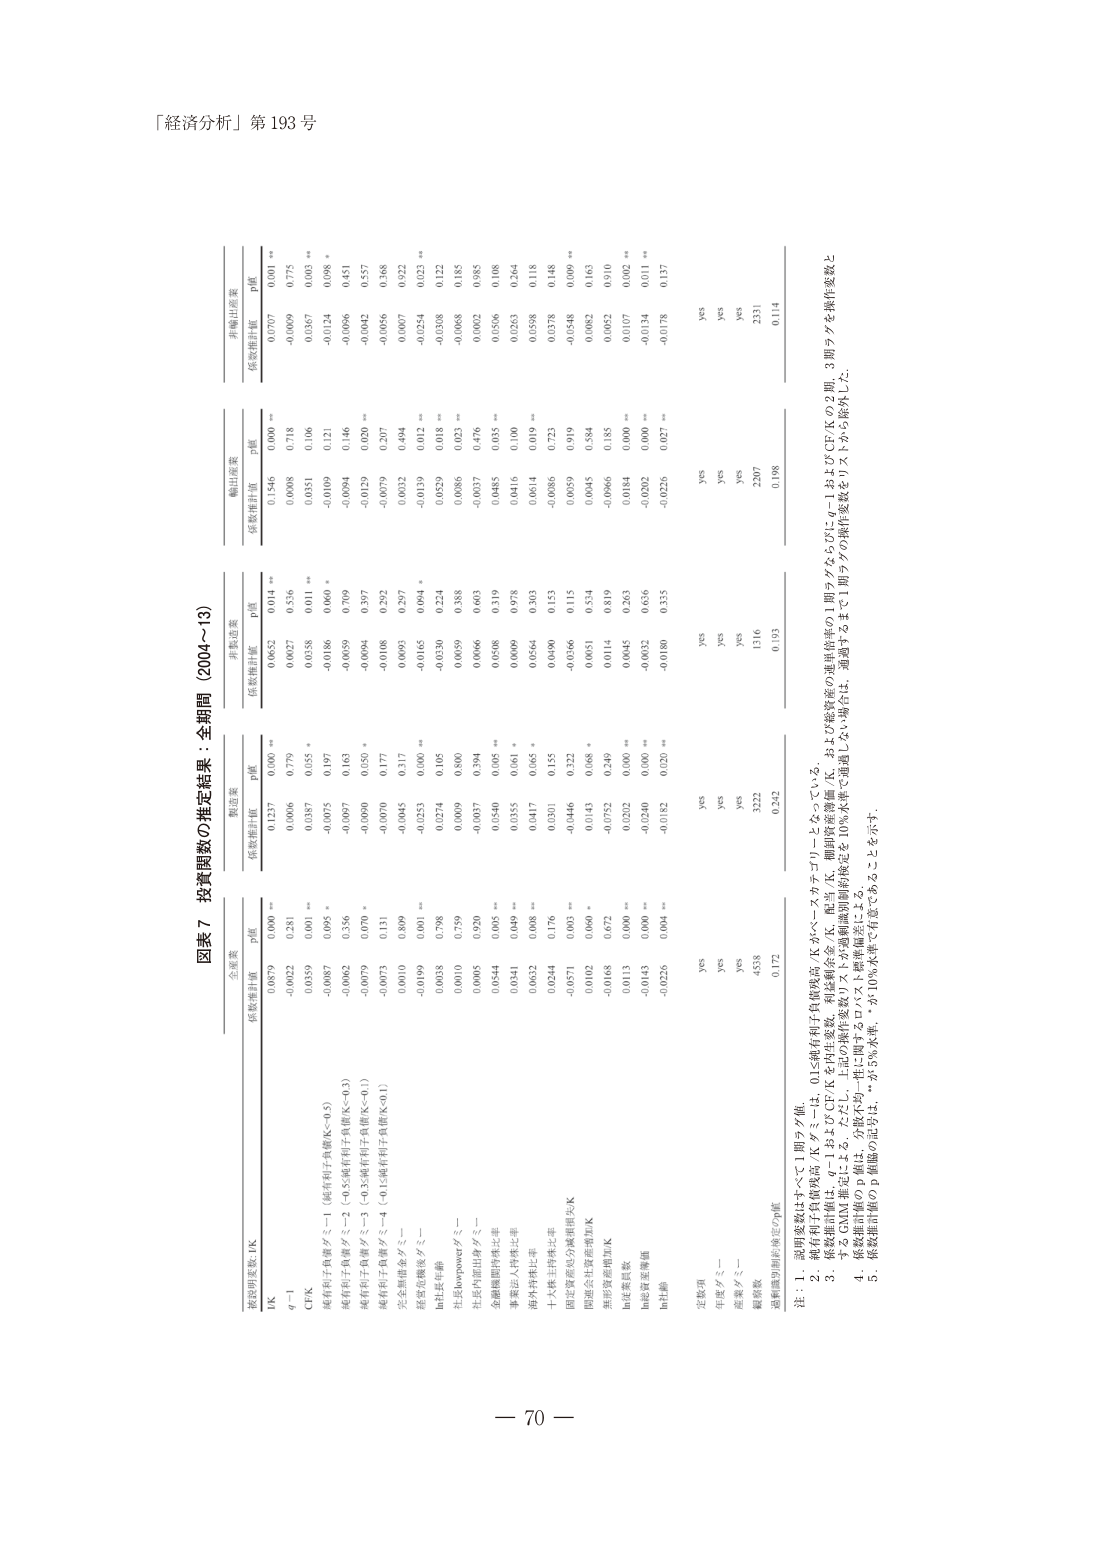
「経済分析」第 193 号

図表７ 投資関数の推定結果：全期間（2004～13）

被説明変数：lnK

全産業
係数推計値 p値

lnK
0.6879 0.000 **

q－1
-0.0022 0.281

CFTK
0.0359 0.001 **

純有形子負債ダミー＝1（純有形子負債/K＞0.5）
-0.0087 0.095 *

純有形子負債ダミー＝2（0.5≦純有形子負債/K＜0.3）
-0.0062 0.356

純有形子負債ダミー＝3（0.3≦純有形子負債/K＜0.1）
-0.0079 0.070 *

純有形子負債ダミー＝4（0.1≦純有形子負債/K＜0.1）
-0.0073 0.131

完全雇用金ダミー
-0.0010 0.809

経営難度数ダミー
-0.0199 0.001 **

ln社長年齢
0.0038 0.798

社長hypowerダミー
0.0019 0.759

社長内部出向ダミー
0.0005 0.920

金融機関持株比率
0.0544 0.000 **

事業法人持株比率
0.0341 0.049 *

海外持株比率
0.0632 0.000 **

十大株主持株比率
0.0244 0.176

固定資産税込企業規模lnK
-0.0571 0.003 **

問題会社資産増加lnK
0.0102 0.080 *

無形資産増加lnK
-0.0168 0.672

ln従業員数
0.0113 0.000 **

ln投資基準額
-0.0143 0.000 **

ln社数
-0.0226 0.004 **

定数項
yes

年度ダミー
yes

産業ダミー
yes

観察数
4538

過剰制約制約検定p値
0.172

製造業
係数推計値 p値

lnK
0.1237 0.000 **

q－1
0.0006 0.779

CFTK
0.0387 0.055 *

純有形子負債ダミー＝1（純有形子負債/K＞0.5）
-0.0075 0.197

純有形子負債ダミー＝2（0.5≦純有形子負債/K＜0.3）
-0.0097 0.163

純有形子負債ダミー＝3（0.3≦純有形子負債/K＜0.1）
-0.0090 0.050 *

純有形子負債ダミー＝4（0.1≦純有形子負債/K＜0.1）
-0.0070 0.177

完全雇用金ダミー
-0.0045 0.317

経営難度数ダミー
-0.0253 0.000 **

ln社長年齢
0.0274 0.105

社長hypowerダミー
0.0009 0.890

社長内部出向ダミー
-0.0037 0.394

金融機関持株比率
0.0540 0.005 **

事業法人持株比率
0.0355 0.061 *

海外持株比率
0.0417 0.065 *

十大株主持株比率
0.0301 0.155

固定資産税込企業規模lnK
-0.0446 0.322

問題会社資産増加lnK
0.0143 0.088 *

無形資産増加lnK
-0.0752 0.249

ln従業員数
0.0202 0.000 **

ln投資基準額
-0.0240 0.000 **

ln社数
-0.0182 0.020 **

定数項
yes

年度ダミー
yes

産業ダミー
yes

観察数
3222

過剰制約制約検定p値
0.242

非製造業
係数推計値 p値

lnK
0.0652 0.014 **

q－1
0.0027 0.536

CFTK
0.0358 0.011 **

純有形子負債ダミー＝1（純有形子負債/K＞0.5）
-0.0186 0.060 *

純有形子負債ダミー＝2（0.5≦純有形子負債/K＜0.3）
-0.0059 0.709

純有形子負債ダミー＝3（0.3≦純有形子負債/K＜0.1）
-0.0094 0.397

純有形子負債ダミー＝4（0.1≦純有形子負債/K＜0.1）
-0.0108 0.292

完全雇用金ダミー
-0.0003 0.297

経営難度数ダミー
-0.0165 0.094 *

ln社長年齢
-0.0330 0.224

社長hypowerダミー
0.0059 0.388

社長内部出向ダミー
0.0066 0.603

金融機関持株比率
0.0508 0.319

事業法人持株比率
0.0009 0.778

海外持株比率
0.0564 0.303

十大株主持株比率
0.0490 0.153

固定資産税込企業規模lnK
-0.0366 0.115

問題会社資産増加lnK
0.0651 0.534

無形資産増加lnK
0.0114 0.819

ln従業員数
0.0045 0.263

ln投資基準額
-0.0032 0.656

ln社数
-0.0180 0.335

定数項
yes

年度ダミー
yes

産業ダミー
yes

観察数
1316

過剰制約制約検定p値
0.193

輸出産業
係数推計値 p値

lnK
0.1546 0.000 **

q－1
0.0008 0.718

CFTK
0.0351 0.106

純有形子負債ダミー＝1（純有形子負債/K＞0.5）
-0.0109 0.121

純有形子負債ダミー＝2（0.5≦純有形子負債/K＜0.3）
-0.0094 0.146

純有形子負債ダミー＝3（0.3≦純有形子負債/K＜0.1）
-0.0129 0.020 **

純有形子負債ダミー＝4（0.1≦純有形子負債/K＜0.1）
-0.0079 0.207

完全雇用金ダミー
0.0032 0.494

経営難度数ダミー
-0.0139 0.012 **

ln社長年齢
0.0529 0.018 **

社長hypowerダミー
0.0086 0.021 **

社長内部出向ダミー
-0.0037 0.476

金融機関持株比率
0.0485 0.035 **

事業法人持株比率
0.0416 0.100

海外持株比率
0.0614 0.019 **

十大株主持株比率
-0.0086 0.723

固定資産税込企業規模lnK
0.0059 0.919

問題会社資産増加lnK
0.0045 0.584

無形資産増加lnK
-0.0966 0.185

ln従業員数
0.0184 0.000 **

ln投資基準額
-0.0002 0.000 **

ln社数
-0.0226 0.027 **

定数項
yes

年度ダミー
yes

産業ダミー
yes

観察数
2207

過剰制約制約検定p値
0.198

非輸出産業
係数推計値 p値

lnK
0.0707 0.001 **

q－1
-0.0069 0.775

CFTK
0.0367 0.003 **

純有形子負債ダミー＝1（純有形子負債/K＞0.5）
-0.0124 0.098 *

純有形子負債ダミー＝2（0.5≦純有形子負債/K＜0.3）
-0.0096 0.451

純有形子負債ダミー＝3（0.3≦純有形子負債/K＜0.1）
-0.0042 0.557

純有形子負債ダミー＝4（0.1≦純有形子負債/K＜0.1）
-0.0056 0.368

完全雇用金ダミー
0.0007 0.922

経営難度数ダミー
-0.0254 0.023 **

ln社長年齢
-0.0308 0.122

社長hypowerダミー
0.0068 0.185

社長内部出向ダミー
0.0002 0.985

金融機関持株比率
0.0506 0.108

事業法人持株比率
0.0263 0.264

海外持株比率
0.0598 0.118

十大株主持株比率
0.0378 0.148

固定資産税込企業規模lnK
-0.0548 0.090 **

問題会社資産増加lnK
0.0082 0.163

無形資産増加lnK
0.0052 0.910

ln従業員数
0.0107 0.002 **

ln投資基準額
-0.0134 0.011 **

ln社数
-0.0178 0.137

定数項
yes

年度ダミー
yes

産業ダミー
yes

観察数
2331

過剰制約制約検定p値
0.114

注：1．説明変数はすべて1期ラグ値。
2．純有形子負債残高（Kダミーは、0.1≦純有形子負債残高/Kがベースカテゴリートとなっている。
3．複数信用情報は、q－1およびCFTKを内生変数、利益剰余金、K、配当、K、棚卸資産の連鎖誤差の1期ラグならびにq－1およびCFTKの2期、3期ラグを操作変数と
するGMM推定による。ただし、上記の操作変数リスクを過剰制約制約検定を10％水準で通過するまで1期ラグの操作変数をリストから除外した。
4．推定結果は最小二乗法による。
5．推定結果はp値のP値は、分散不均一性に耐えるロバスト標準誤差による。
**：5％水準、*：10％水準で有意であることを示す。

－ 70 －